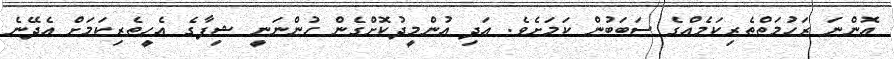
އޮންނަ ރަހުމަތްތެރިކަމެއްގެ ސަބަބުން ކަމަށެވެ. އަދި އުންމީދުކޮށްގެން ހުންނަނީ ޝިފާގެ އެހީތެރިކަމަށް އެދޭނެ